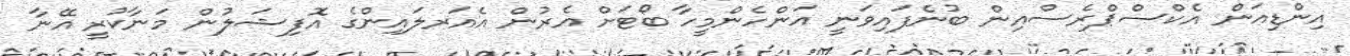
އިންޑިއަން އެކްސްޕްރެސްއިން ބުނެފައިވަނީ އަންހެންމީހާ ބޯޓަށް އެރުން އެއަރލައިންގެ އޮފިޝަލުން މަނާކުރީ އޭނާ